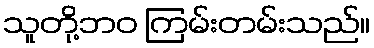
သူတို့ဘဝ ကြမ်းတမ်းသည်။